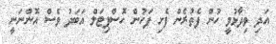
އަދި ވިދާޅުވީ ހުން ފެތުރެން ފެށި ފަހުން ހޮސްޕިޓަލް އަބަދު ވެސް އޮންނަނީ